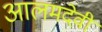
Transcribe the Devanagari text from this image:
आलमदेवी